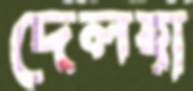
দেলহা